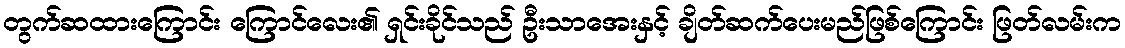
တွက်ဆထားကြောင်း ကြောင်လေး၏ ရှင်းခိုင်သည် ဦးသာအေးနှင့် ချိတ်ဆက်ပေးမည်ဖြစ်ကြောင်း ဖြတ်လမ်းက